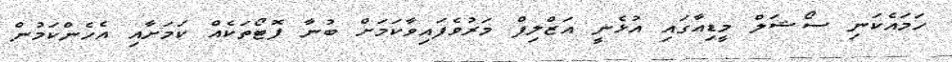
ހަމައެކަނި ސޯޝަލް މީޑިއާގައި އުޅެނީ އަޒްލިފް މަރުވެފައިވާކަމަށް ބުނާ ފޮޓޯތަކެއް ކަމަށާއި އެހެންކަމުން